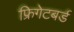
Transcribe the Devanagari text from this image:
फ्रिगेटबर्ड